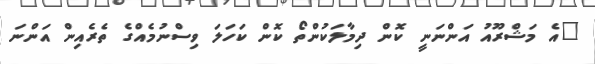
"އެ މަޝްރޫއު އަންނަނީ ކޮން ދިމާލަކުންތޯ ކޮން ކަހަލަ ވިސްނުމެއްގެ ތެރެއިން އަންނަ